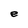
Character: e